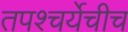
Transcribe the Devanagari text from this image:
तपश्चर्येचीच